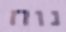
נוח